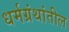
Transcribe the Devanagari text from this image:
धर्मग्रंथांतील